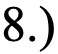
8.)